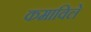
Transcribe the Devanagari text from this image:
कमाविले